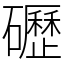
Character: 礰